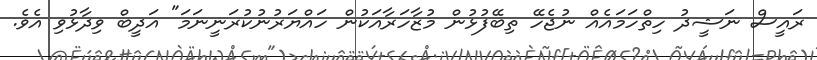
ރައީސް ނަޝީދު ހިތްހަމައެއް ނުޖެހޭ ތިބޭފުޅުން މުޒާހަރާއަކުން ހައްޔަރުނުކުރަނީނަމަ" އަދީބް ވިދާޅުވި އެވެ.